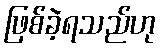
ဖြစ်ခဲ့ရသည်ဟု